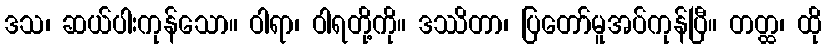
ဒသ၊ ဆယ်ပါးကုန်သော။ ဝါရာ၊ ဝါရတို့ကို။ ဒဿိတာ၊ ပြတော်မူအပ်ကုန်ပြီ။ တတ္ထ၊ ထို